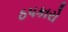
ઠપકારો